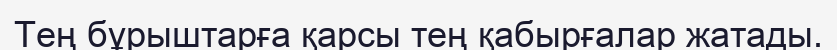
Тең бұрыштарға қарсы тең қабырғалар жатады.